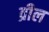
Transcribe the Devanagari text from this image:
व्रील